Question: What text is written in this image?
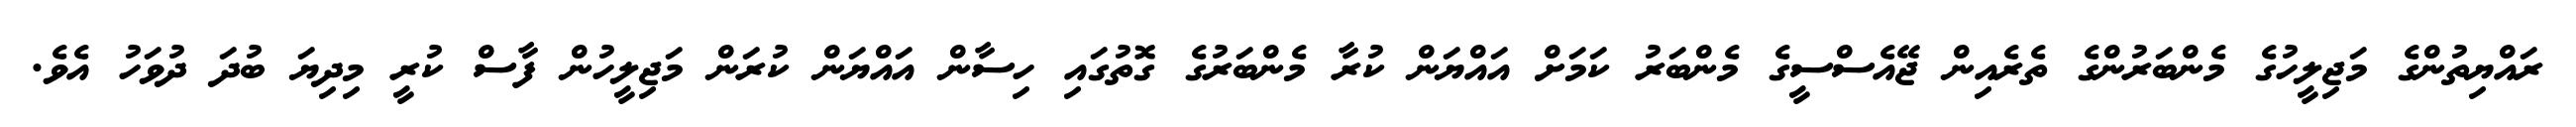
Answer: ރައްޔިތުންގެ މަޖިލީހުގެ މެންބަރުންގެ ތެރެއިން ޖޭއެސްސީގެ މެންބަރު ކަމަށް އައްޔަން ކުރާ މެންބަރުގެ ގޮތުގައި ހިސާން އައްޔަން ކުރަން މަޖިލީހުން ފާސް ކުރީ މިދިޔަ ބުދަ ދުވަހު އެވެ.